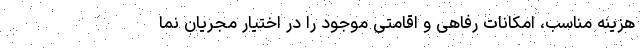
هزینه مناسب، امکانات رفاهی و اقامتی موجود را در اختیار مجریان نما